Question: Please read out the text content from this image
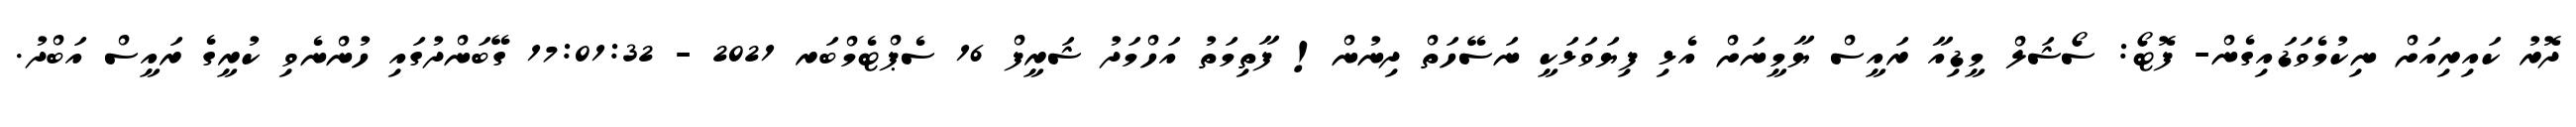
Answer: ދޮރު ކައިރިއަށް ނިކުމެވަޑައިގެން- ފޮޓޯ: ސޯޝަލް މީޑިއާ ރައީސް ޔާމީނަށް އެޅި ފިޔަވަޅަކީ ނަސޭހަތް ދިނުން! ފާތިމަތު އަހްމަދު ޝަރީފް 16 ސެޕްޓެމްބަރ 2021 - 17:01:32 ގޭބަންދުގައި ހުންނެވި ކުރީގެ ރައީސް އަބްދު.